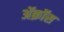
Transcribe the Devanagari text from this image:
ॲक्रॉस